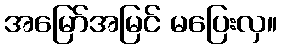
အမြော်အမြင် မပြေးလှ။